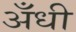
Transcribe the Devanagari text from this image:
अँधी